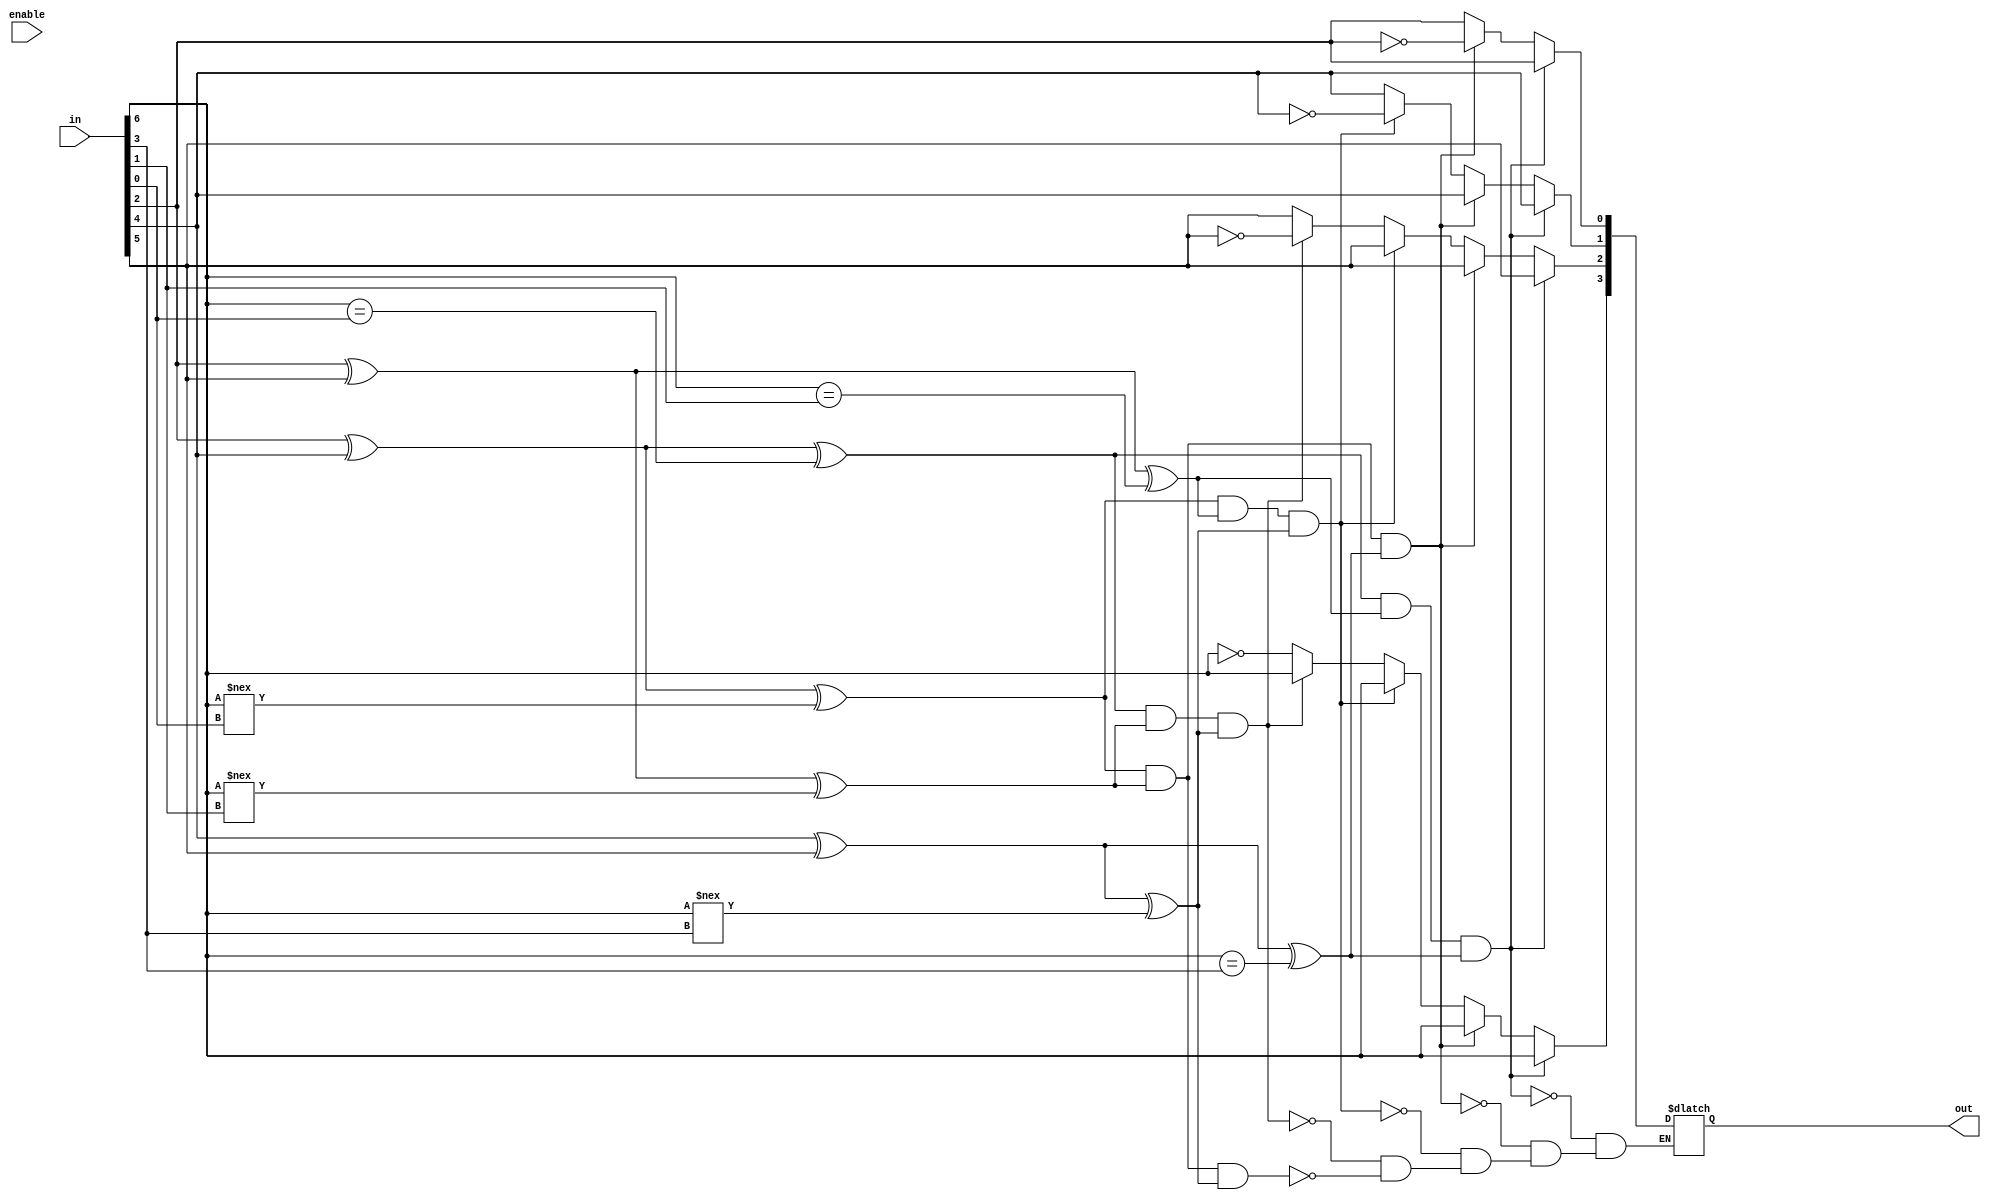
module operation2
(output [3:0] out,input [6:0] in ,input enable);

reg [3:0]r;
always@(enable)
begin
if (in[2] ^ in[4] ^ in[6] == in[0] && in[2] ^ in[5] ^ in[6] == in[1] && in[4] ^ in[5] ^ in[6] == in[3])
begin
 r[0]<=in[2];
 r[1]<=in[4];
 r[2]<=in[5];
 r[3]<=in[6];
end

else if (in[2]^in[4]^in[6]!==in[0] && in[2]^in[5]^in[6]!==in[1] && in[4]^in[5]^in[6]==in[3] )
begin
 r[0] <= ~in[2];
 r[1] <=in[4];
 r[2] <=in[5];
 r[3] <=in[6];
end

else if (in[2]^in[4]^in[6] !== in[0] && in[2]^in[5]^in[6] == in[1] && in[4]^in[5]^in[6]!==in[3] )
begin
 r[0] <= in[2];
 r[1] <= ~in[4];
 r[2] <= in[5];
 r[3] <= in[6];
end

else if (in[2]^in[4]^in[6] ==in[0] && in[2]^in[5]^in[6] !== in[1] && in[4]^in[5]^in[6] !== in[3] )
begin
r[0] <= in[2];
r[1] <= in[4];
r[2] <= ~in[5];
r[3] <= in[6];
end
else if(in[2]^in[4]^in[6] !== in[0] && in[2]^in[5]^in[6] !== in[1] && in[4]^in[5]^in[6] !== in[3] )
begin
 r[0] <= in[2];
 r[1] <= in[4];
 r[2] <= in[5];
 r[3] <= ~in[6];
end
end
assign out=r;
endmodule